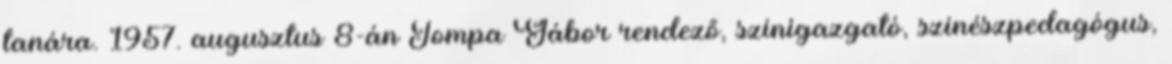
tanára. 1957. augusztus 8-án Tompa Gábor rendező, színigazgató, színészpedagógus,